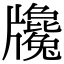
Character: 㸥